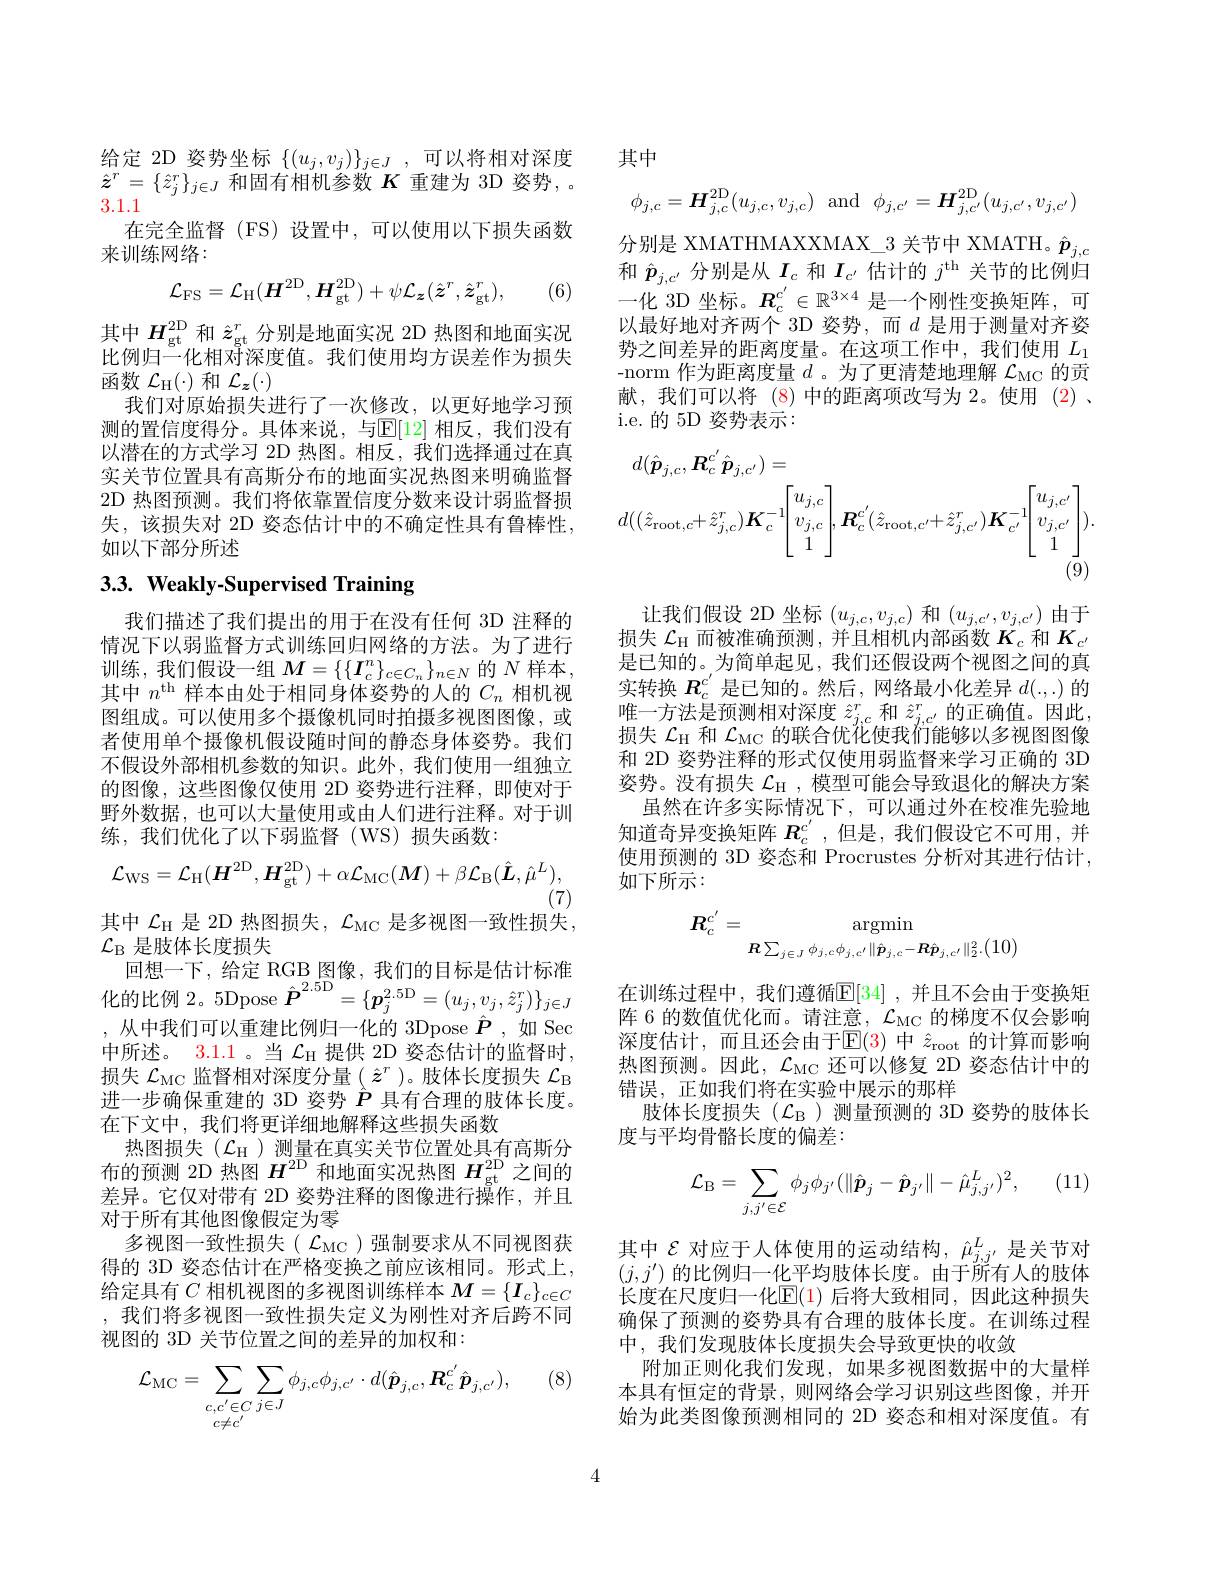
给定 2D 姿势坐标 $\{(u_j,v_j)\}_{j\in J}$,可以将相对深度$\hat{z}^{r}=\{\hat{z}_{j}^{r}\}_{j\in J}$和固有相机参数$K$重建为 3D 姿势，。3.1.1
在完全监督 (FS)设置中，可以使用以下损失函数
来训练网络：
$$\mathcal{L}_{\mathrm{FS}}=\mathcal{L}_{\mathrm{H}}(H^{2\mathrm{D}},H_{\mathrm{gt}}^{2\mathrm{D}})+\psi\mathcal{L}_{\boldsymbol{z}}(\hat{\boldsymbol{z}}^{r},\hat{\boldsymbol{z}}_{\mathrm{gt}}^{r}),$$
(6)

其中$H_\mathrm{gt}^\mathrm{2D}$和$\hat{z}_\mathrm{gt}^r$分别是地面实况 2D 热图和地面实况比例归一化相对深度值。我们使用均方误差作为损失函数$\mathcal{L}_{\mathrm{H}}(\cdot)$和$\mathcal{L}_z(\cdot)$
我们对原始损失进行了一次修改，以更好地学习预测的置信度得分。具体来说，与$\mathbb{E}[12]$ 相反，我们没有以潜在的方式学习 2D 热图。相反，我们选择通过在真实关节位置具有高斯分布的地面实况热图来明确监督2D 热图预测。我们将依靠置信度分数来设计弱监督损失，该损失对 2D 姿态估计中的不确定性具有鲁棒性， 如以下部分所述

# $3. 3. \textbf{ Weakly- Supervised Training}$

我们描述了我们提出的用于在没有任何 3D 注释的情况下以弱监督方式训练回归网络的方法。为了进行训练，我们假设一组$M=\{\{\boldsymbol{I}_c^n\}_{c\in C_n}\}_{n\in N}$的$N$样本， 其中$n^\mathrm{th}$样本由处于相同身体姿势的人的$C_n$相机视图组成。可以使用多个摄像机同时拍摄多视图图像，或者使用单个摄像机假设随时间的静态身体姿势。我们不假设外部相机参数的知识。此外，我们使用一组独立的图像，这些图像仅使用 2D 姿势进行注释，即使对于野外数据，也可以大量使用或由人们进行注释。对于训练，我们优化了以下弱监督(WS)损失函数：
$$\mathcal{L}_{\mathrm{WS}}=\mathcal{L}_{\mathrm{H}}(\boldsymbol{H}^{2\mathrm{D}},\boldsymbol{H}_{\mathrm{gt}}^{2\mathrm{D}})+\alpha\mathcal{L}_{\mathrm{MC}}(\boldsymbol{M})+\beta\mathcal{L}_{\mathrm{B}}(\hat{\boldsymbol{L}},\hat{\mu}^{L}),$$
(7)
其中$\mathcal{L}_{\mathrm{H}}$是 2D 热图损失，$\mathcal{L}_{\mathrm{MC}}$是多视图一致性损失，
$\mathcal{L}_\mathrm{B}$是肢体长度损失
回想一下，给定 RGB 图像，我们的目标是估计标准化的比例 2。5Dpose $\hat{P}^{2.5\mathrm{D}}=\{\boldsymbol{p}_{j}^{2.5\mathrm{D}}=(u_{j},v_{j},\hat{z}_{j}^{r})\}_{j\in J}$ ,从中我们可以重建比例归一化的 3Dpose $\hat{\boldsymbol{P}}$,如 Sec 中所述。3.1.1 。当 $\mathcal{L}_\mathrm{H}$ 提供 2D 姿态估计的监督时， 损失$\mathcal{L}_\mathrm{MC}$监督相对深度分量$(\hat{z}^r)$。肢体长度损失$\mathcal{L}_\mathrm{B}$ 进一步确保重建的 3D 姿势$\hat{P}$具有合理的肢体长度。在下文中，我们将更详细地解释这些损失函数
热图损失($\mathcal{L}_\mathrm{H}$)测量在真实关节位置处具有高斯分布的预测 2D 热图$H^\mathrm{2D}$和地面实况热图$H_\mathrm{gt}^\mathrm{2D}$之间的差异。它仅对带有 2D 姿势注释的图像进行操作，并且对于所有其他图像假定为零
多视图一致性损失( $\mathcal{L}_\mathrm{MC}$)强制要求从不同视图获得的 3D 姿态估计在严格变换之前应该相同。形式上， 给定具有$C$相机视图的多视图训练样本$M=\{I_c\}_{c\in C}$ ,我们将多视图一致性损失定义为刚性对齐后跨不同视图的 3D 关节位置之间的差异的加权和：
$$\mathcal{L}_{\mathrm{MC}}=\sum_{c,c'\in C}\sum_{j\in J}\phi_{j,c}\phi_{j,c'}\cdot d(\hat{\boldsymbol{p}}_{j,c},\boldsymbol{R}_{c}^{c'}\hat{\boldsymbol{p}}_{j,c'}),$$
(8)

其中
$$\phi_{j,c}=\boldsymbol{H}_{j,c}^{\mathrm{2D}}(u_{j,c},v_{j,c})\:\text{and}\:\phi_{j,c'}=\boldsymbol{H}_{j,c'}^{\mathrm{2D}}(u_{j,c'},v_{j,c'})$$
分别是 XMATHMAXXMAX\_3 关节中 XMATH。$\hat{\boldsymbol{p}}_{j,c}$ 和$\hat{p}_{j,c^{\prime}}$分别是从$I_c$和$I_c^{\prime}$估计的$j^\mathrm{th}$关节的比例归一化 3D 坐标。$R_c^{c^{\prime}}\in\mathbb{R}^{3\times4}$是一个刚性变换矩阵，可以最好地对齐两个 3D 姿势，而$d$是用于测量对齐姿势之间差异的距离度量。在这项工作中，我们使用$L_1$ -norm 作为距离度量$d$ 。为了更清楚地理解$\mathcal{L}_\mathrm{MC}$的贡献，我们可以将(8)中的距离项改写为 2。使用 (2)、 i.e. 的 5D 姿势表示：
$$\begin{aligned}d(\hat{\boldsymbol{p}}_{j,c},\boldsymbol{R}_{c}^{c'}\hat{\boldsymbol{p}}_{j,c'})&=\\d((\hat{z}_{\mathrm{root},c}+\hat{z}_{j,c}^{r})\boldsymbol{K}_{c}^{-1}\Bigg[\begin{matrix}u_{j,c}\\v_{j,c}\\1\end{matrix}\Bigg],\boldsymbol{R}_{c}^{c'}(\hat{z}_{\mathrm{root},c'}+\hat{z}_{j,c'}^{r})\boldsymbol{K}_{c'}^{-1}\Bigg[\begin{matrix}u_{j,c'}\\v_{j,c'}\\1\end{matrix}\Bigg]).\end{aligned}$$
让我们假设 2D 坐标$(u_{j,c},v_{j,c})$和$(u_{j,c^{\prime}},v_{j,c^{\prime}})$由于损失$\mathcal{L}_\mathrm{H}$而被准确预测 ,并且相机内部函数$K_c$和$K_{c^{\prime}}$ 是已知的。为简单起见，我们还假设两个视图之间的真实转换$R_c^{c^{\prime}}$是已知的。然后，网络最小化差异$d(.,.)$的唯一方法是预测相对深度$\hat{z}_{j,c}^r$和$\hat{z}_{j,c^{\prime}}^r$的正确值。因此， 损失$\mathcal{L}_\mathrm{H}$和$\mathcal{L}_\mathrm{MC}$的联合优化使我们能够以多视图图像和 2D 姿势注释的形式仅使用弱监督来学习正确的 3D 姿势。没有损失$\mathcal{L}_\mathrm{H}$ ,模型可能会导致退化的解决方案
虽然在许多实际情况下，可以通过外在校准先验地知道奇异变换矩阵$R_c^{c^{\prime}}$ ,但是 ,我们假设它不可用，并使用预测的 3D 姿态和 Procrustes 分析对其进行估计， 如下所示：
$$R_c^{c'}=\underset{R\sum_{j\in J}\phi_{j,c}\phi_{j,c'}\|\hat{p}_{j,c}-R\hat{p}_{j,c'}\|_2^2.}{\operatorname*{argmin}}$$
在训练过程中，我们遵循$\mathbb{E}[34]$ ,并且不会由于变换矩阵 6 的数值优化而。请注意，$\mathcal{L}_\mathrm{MC}$的梯度不仅会影响深度估计，而且还会由于$\mathbb{E}(3)$中$\hat{z}_\mathrm{root}$的计算而影响热图预测。因此，$\mathcal{L}_\mathrm{MC}$还可以修复 2D 姿态估计中的错误，正如我们将在实验中展示的那样
肢体长度损失($\mathcal{L}_\mathrm{B}$)测量预测的 3D 姿势的肢体长
度与平均骨骼长度的偏差：
$$\mathcal{L}_{\mathrm{B}}=\sum\limits_{j,j'\in\mathcal{E}}\phi_{j}\phi_{j'}(\|\hat{\boldsymbol{p}}_{j}-\hat{\boldsymbol{p}}_{j'}\|-\hat{\mu}_{j,j'}^{L})^{2},$$
其中$\mathcal{E}$对应于人体使用的运动结构，$\hat{\mu}_{j,j^{\prime}}^L$是关节对$(j,j^{\prime})$的比例归一化平均肢体长度。由于所有人的肢体长度在尺度归一化$\mathbb{E}(1)$ 后将大致相同，因此这种损失确保了预测的姿势具有合理的肢体长度。在训练过程中，我们发现肢体长度损失会导致更快的收敛
附加正则化我们发现，如果多视图数据中的大量样本具有恒定的背景，则网络会学习识别这些图像，并开始为此类图像预测相同的 2D 姿态和相对深度值。有

4